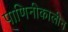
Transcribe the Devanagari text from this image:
पाणिनीकालीन